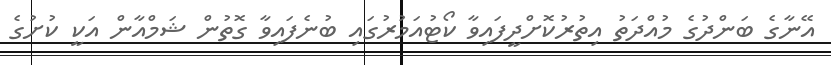
އޭނާގެ ބަންދުގެ މުއްދަތު އިތުރުކޮށްދީފައިވާ ކޯޓުއަމުރުގައި ބުނެފައިވާ ގޮތުން ޝަމްއާން އަކީ ކުށުގެ